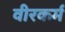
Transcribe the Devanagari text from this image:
वीरकर्म